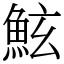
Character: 鮌